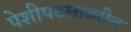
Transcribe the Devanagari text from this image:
पेशीपटलावरील